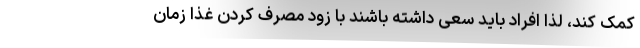
کمک کند، لذا افراد باید سعی داشته باشند با زود مصرف کردن غذا زمان